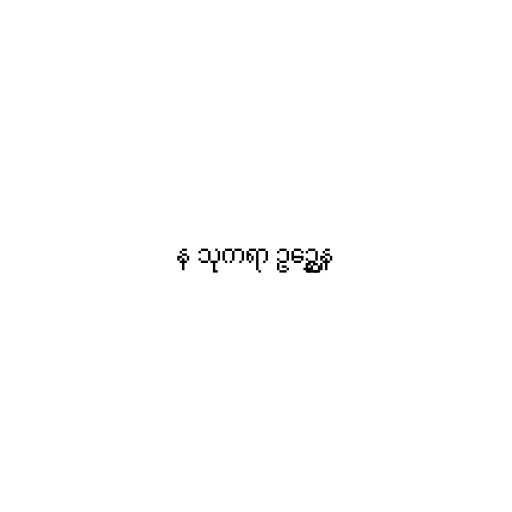
န သုကရာ ဥဉ္ဆေန